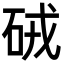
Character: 𥑳